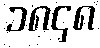
၁၈၄၈